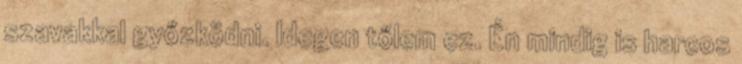
szavakkal győzködni. Idegen tőlem ez. Én mindig is harcos